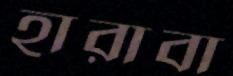
হারাবা